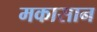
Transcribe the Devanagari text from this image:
मकासान